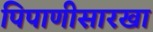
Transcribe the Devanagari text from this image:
पिपाणीसारखा